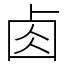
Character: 𠧪